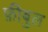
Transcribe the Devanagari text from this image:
फ़ीबुल